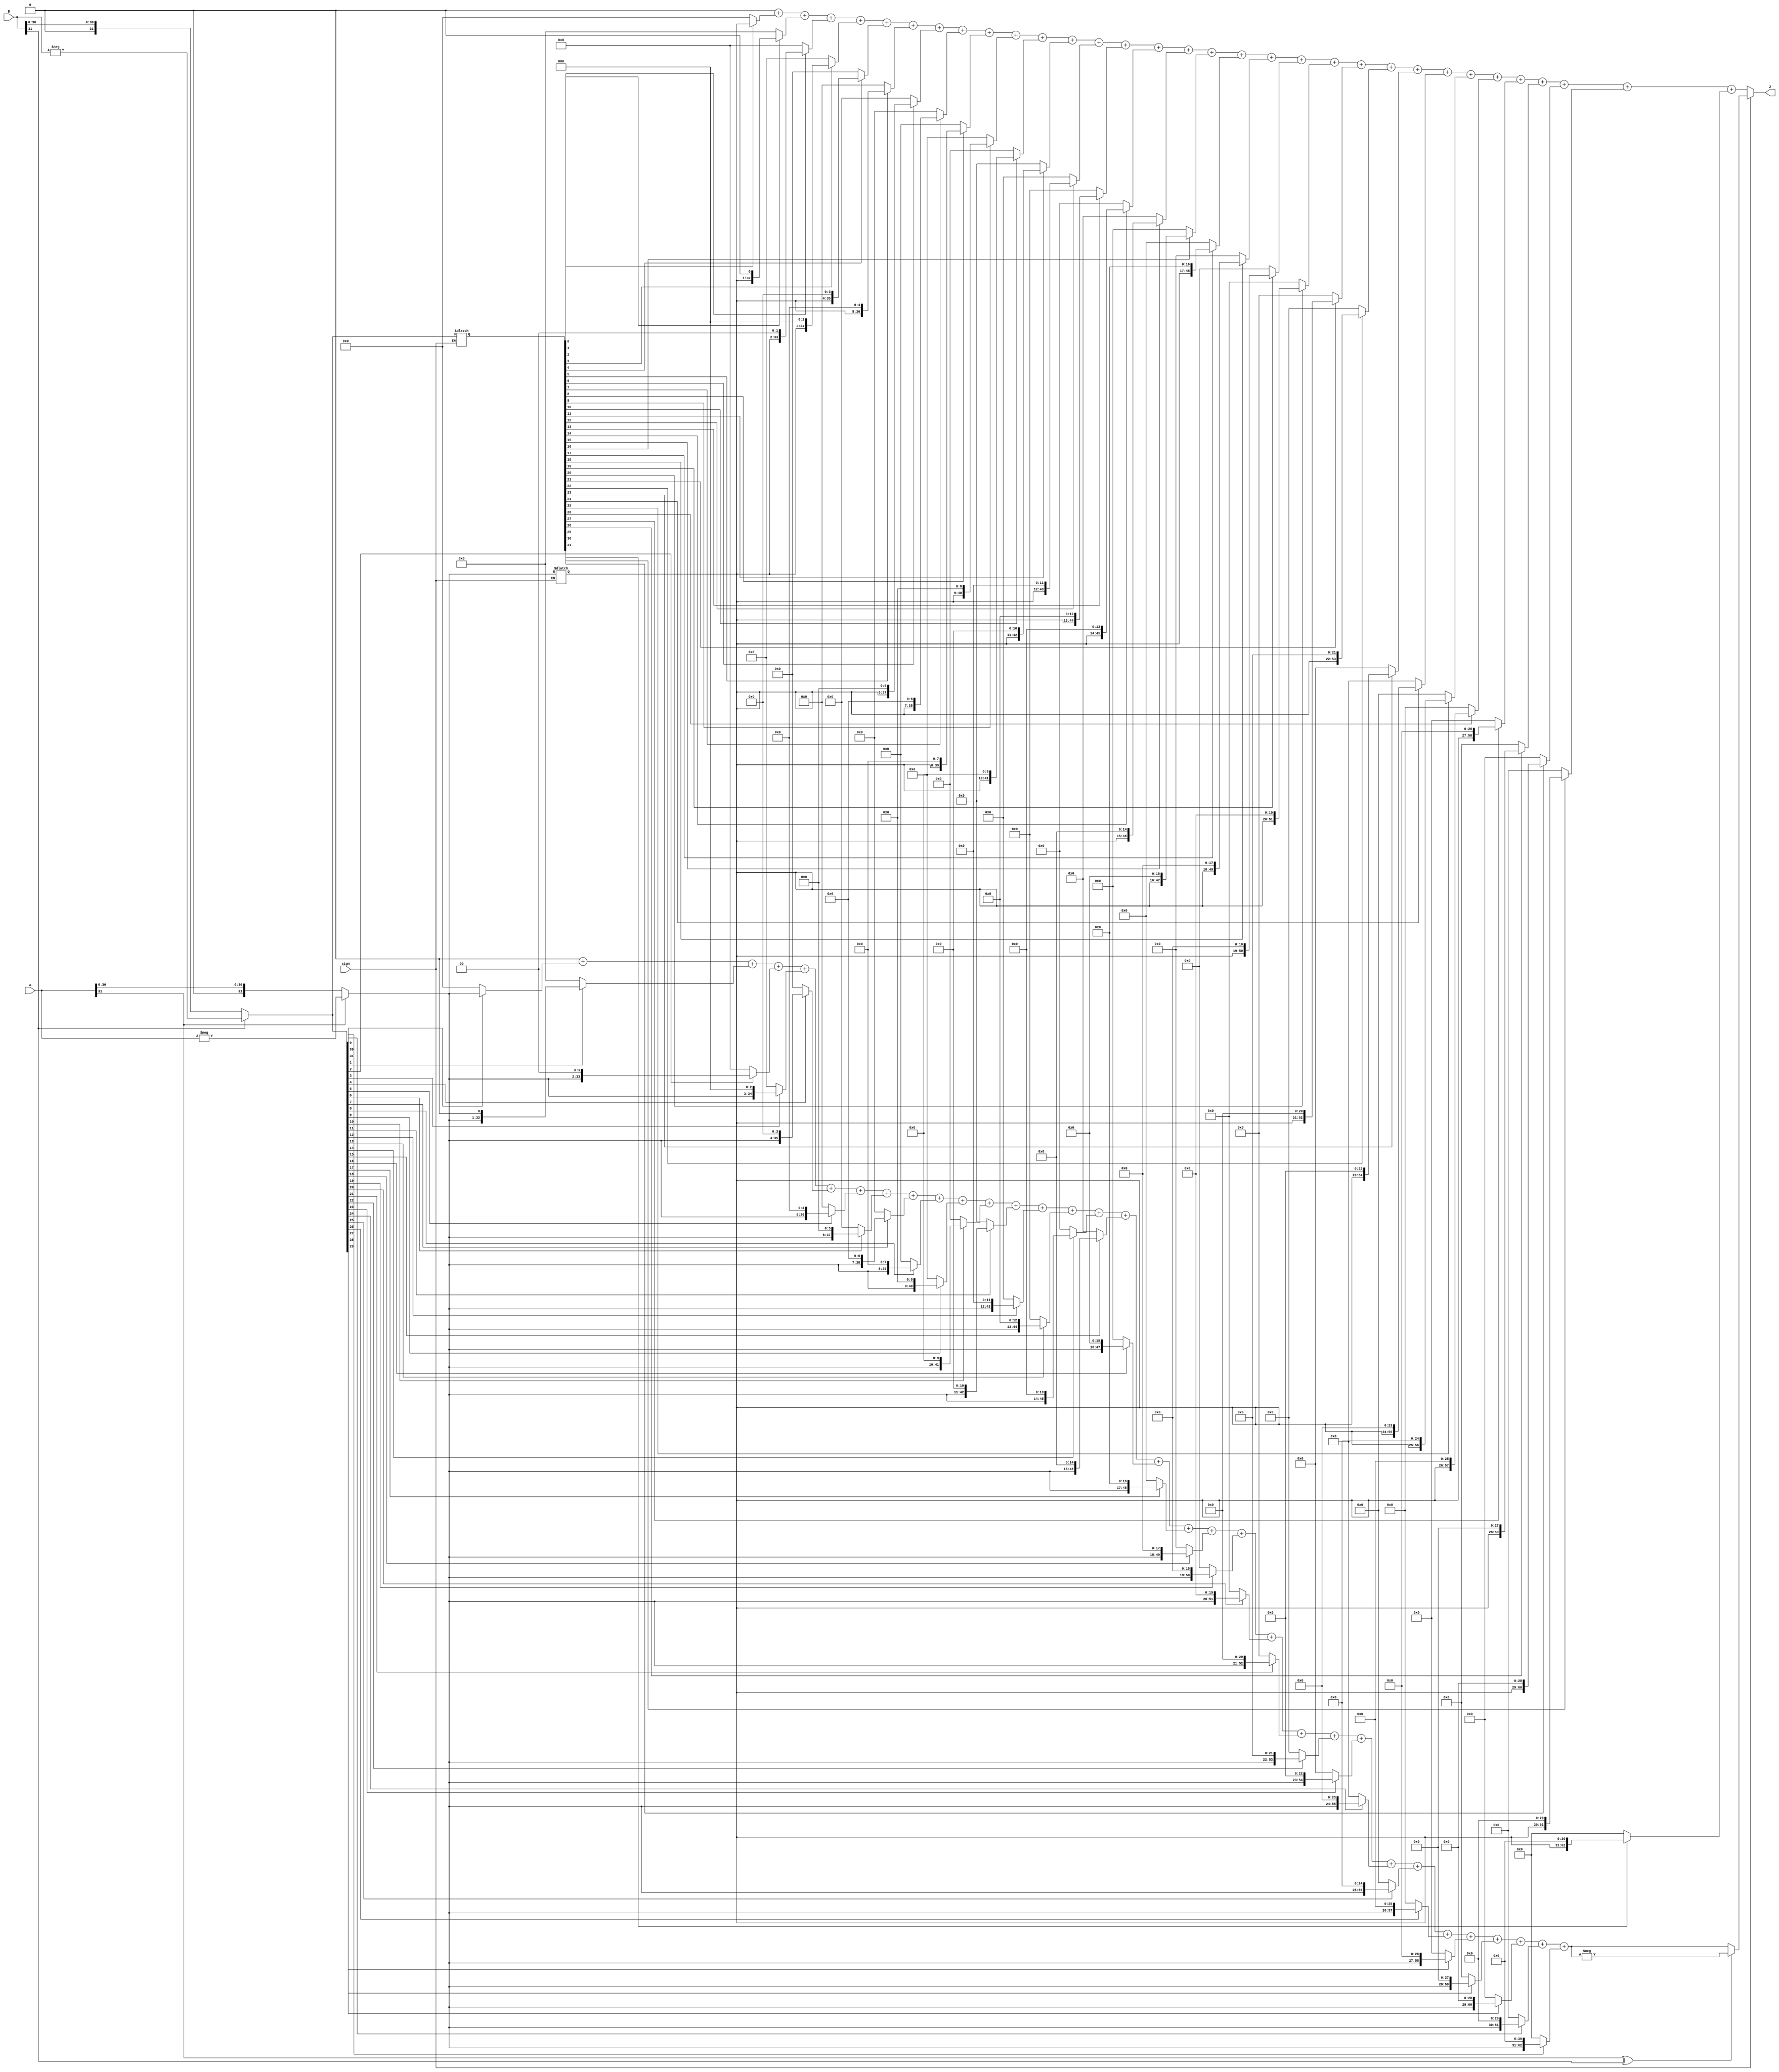
`timescale 1ns / 1ps

module Mul(
    input sign,
    input [31:0] A,
    input [31:0] B,
    output reg [63:0] Z
    );

    reg [31:0] reg_A, reg_B;
    reg [63:0] reg_Z;
    wire flag = A[31] ^ B[31];
    //assign flag

    integer i;

    always @ (*)
    begin
        Z = 64'b0;
        if(sign)
        begin
            reg_A = A[31] ? -A : A;
            reg_B = B[31] ? -B : B;
            for(i = 0; i < 32; i = i + 1)
            begin
                reg_Z = reg_B[i] ? ({32'b0, reg_A} << i) : 64'b0;
                Z = Z + reg_Z;
            end
            if(flag)
            begin
                Z = -Z;
            end
        end
        else
        begin
            reg_A = reg_A;
            reg_B = reg_B;
            for(i = 0; i < 32; i = i + 1)
            begin
                reg_Z = reg_B[i] ? ({32'b0, reg_A} << i) : 64'b0;
                Z = Z + reg_Z;
            end
        end

        
        
    end

endmodule